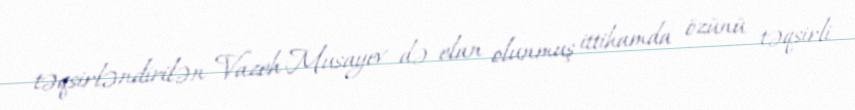
təqsirləndirilən Vazeh Musayev də elan olunmuş ittihamda özünü təqsirli